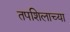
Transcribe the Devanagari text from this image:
तपशिलाच्या